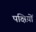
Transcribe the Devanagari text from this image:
पक्षिय़ों